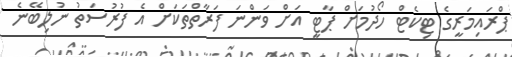
ޕްރައިމަރީގެ ޓިކެޓް ހޯދުމަށް ޕާޓީ އަށް ވަންނަ ފަރާތްތަކަށް އެ ފުރުސަތު ނުލިބޭނެ